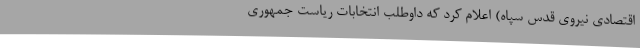
اقتصادی نیروی قدس سپاه) اعلام کرد که داوطلب انتخابات ریاست جمهوری